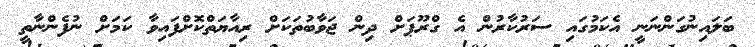
ބަލައިނުގަންނަނީ އެކަމުގައި ސަރުކާރުން އެ ގްރޫޕަށް ދިން ޖަވާބުތަކަށް ރިއާޔަތްކޮށްފައިވާ ކަމަށް ނުފެންނާތީ